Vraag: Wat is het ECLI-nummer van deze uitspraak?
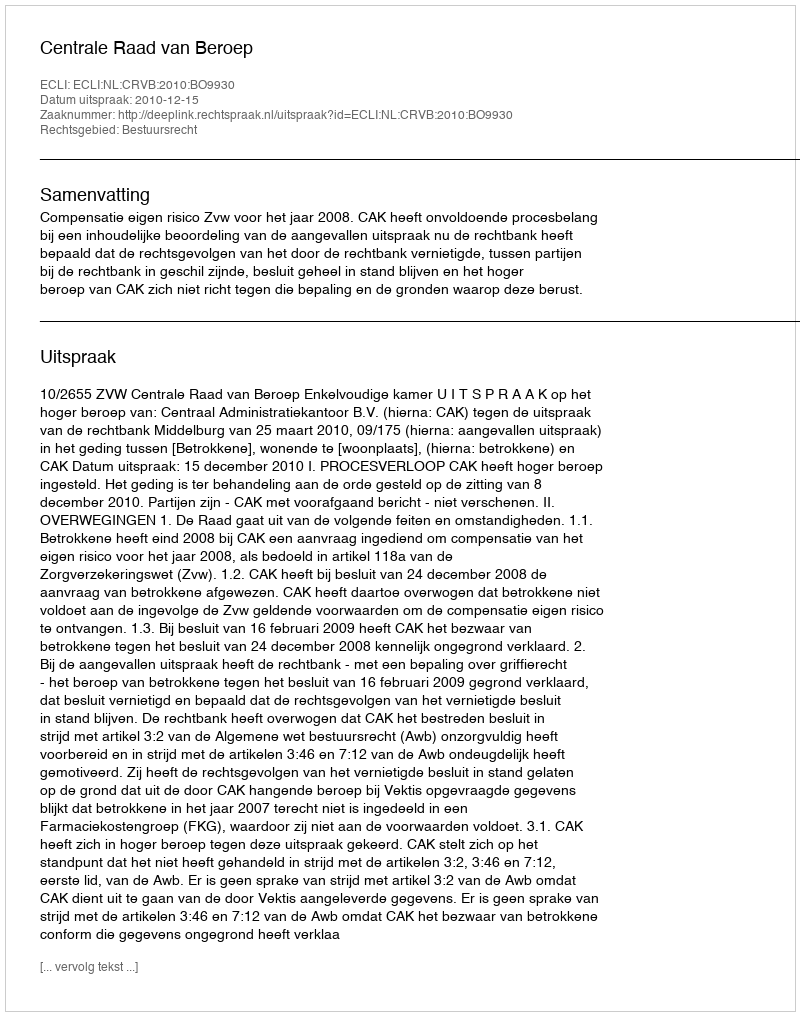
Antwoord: ECLI:NL:CRVB:2010:BO9930